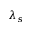
\lambda _ { s }